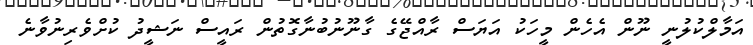
އަމާލްކުލުނީ ނޫން އެހެން މީހަކު އަޔަސް ރާއްޖޭގެ ގާނޫނުބުނާގޮތުން ރައީސް ނަޝީދު ކުށްވެރިނުވާނެ